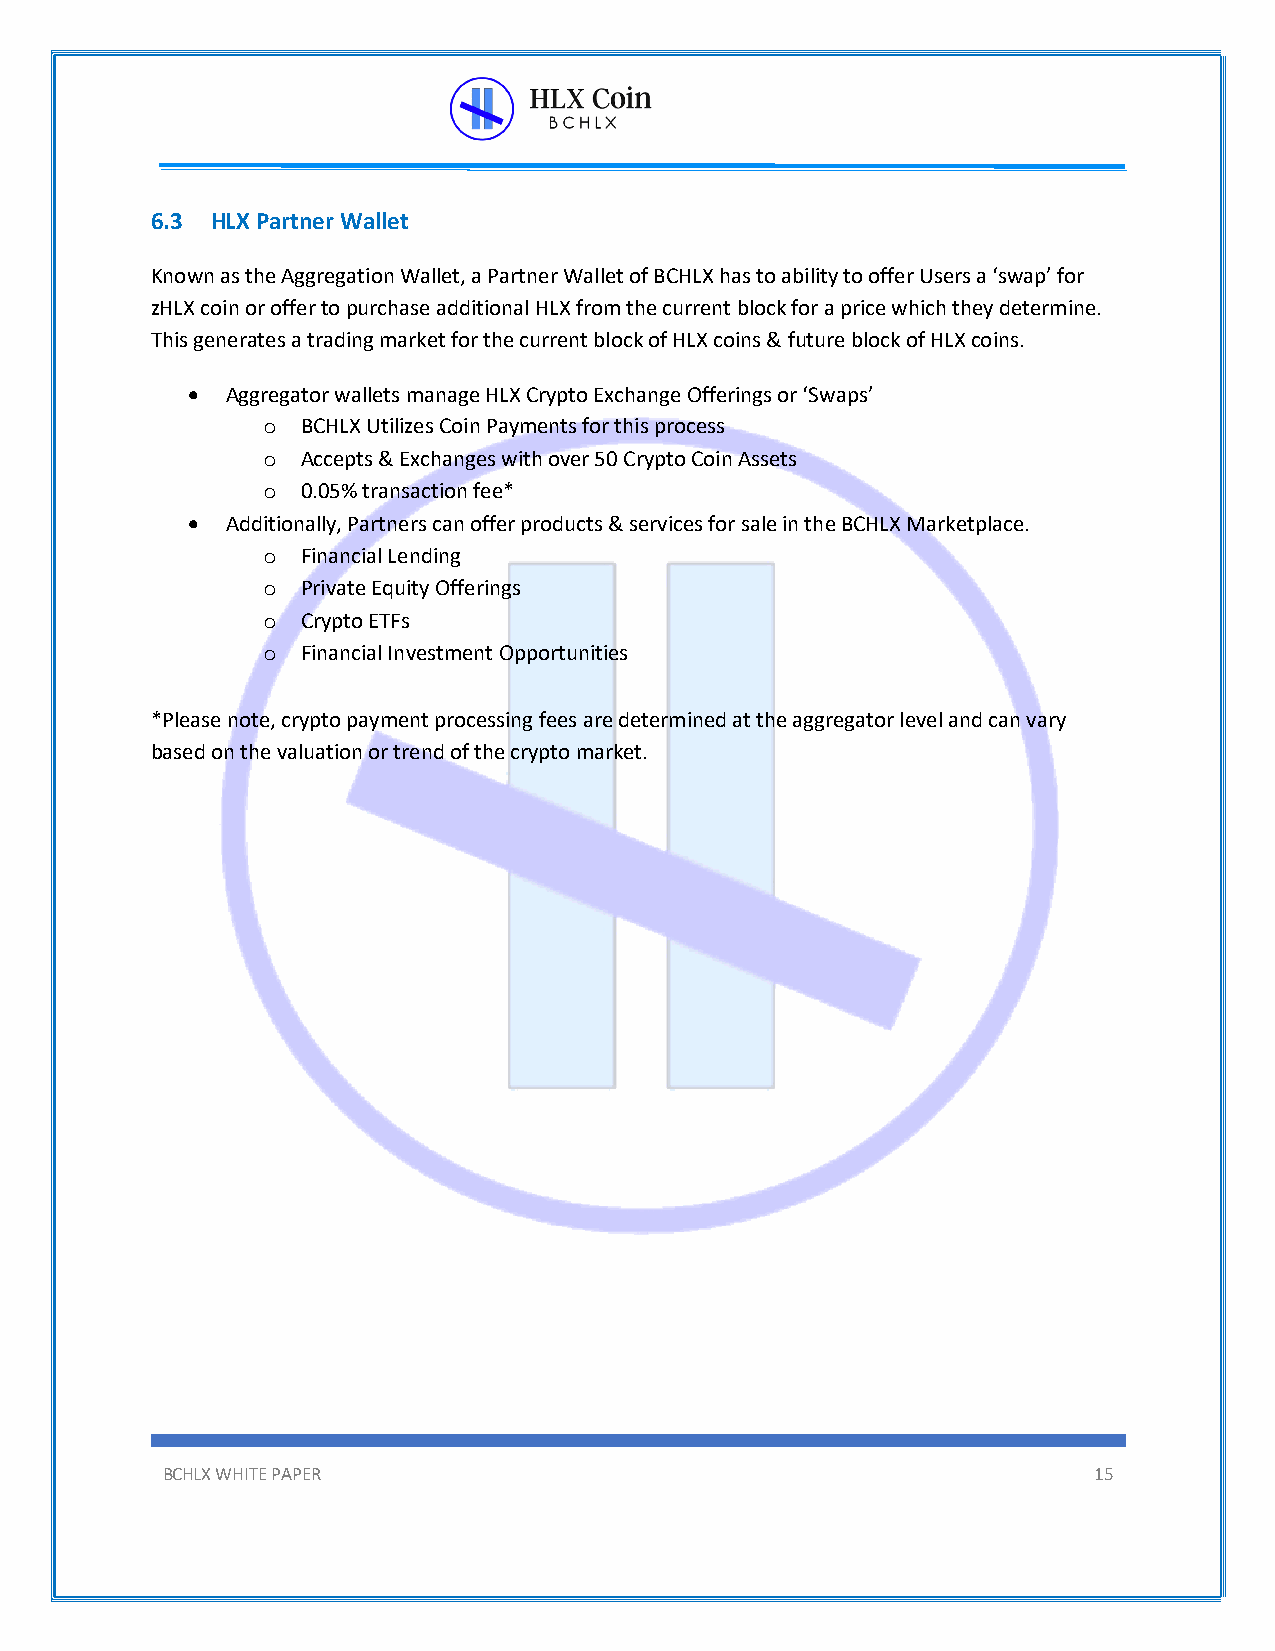
6.3 HLX Partner Wallet
 Known as the Aggregation Wallet, a Partner Wallet of BCHLX has to ability to offer Users a ‘swap’ for
 zHLX coin or offer to purchase additional HLX from the current block for a price which they determine.
 This generates a trading market for the current block of HLX coins & future block of HLX coins.
 •  Aggregator wallets manage HLX Crypto Exchange Offerings or ‘Swaps’
 o  BCHLX Utilizes Coin Payments for this process
 o  Accepts & Exchanges with over 50 Crypto Coin Assets
 o  0.05% transaction fee*
 •  Additionally, Partners can offer products & services for sale in the BCHLX Marketplace.
 o  Financial Lending
 o  Private Equity Offerings
 o  Crypto ETFs
 o  Financial Investment Opportunities
 *Please note, crypto payment processing fees are determined at the aggregator level and can vary
 based on the valuation or trend of the crypto market.
 BCHLX WHITE PAPER                                            15